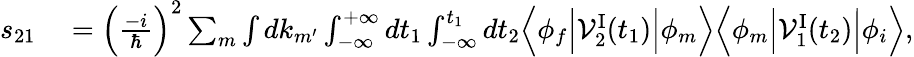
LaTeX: \begin{array}{rl}{s_{21}}&{{}=\Big(\frac{-i}{\hbar}\Big)^{2}\sum_{m}\int dk_{m^{\prime}}\int_{-\infty}^{+\infty}dt_{1}\int_{-\infty}^{t_{1}}dt_{2}\Big\langle\phi_{f}\Big\vert{\cal V}_{2}^{\mathrm{I}}(t_{1})\Big\vert\phi_{m}\Big\rangle\Big\langle\phi_{m}\Big\vert{\cal V}_{1}^{\mathrm{I}}(t_{2})\Big\vert\phi_{i}\Big\rangle,}\end{array}